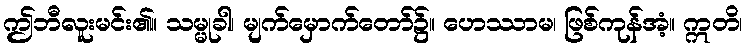
ဤဘီလူးမင်း၏။ သမ္မုခါ၊ မျက်မှောက်တော်၌။ ဟေဿာမ၊ ဖြစ်ကုန်အံ့။ ဣတိ၊